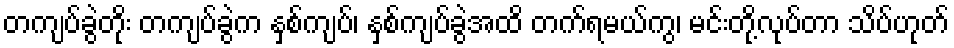
တကျပ်ခွဲတိုး တကျပ်ခွဲက နှစ်ကျပ်၊ နှစ်ကျပ်ခွဲအထိ တက်ရမယ်ကွ၊ မင်းတို့လုပ်တာ သိပ်ဟုတ်